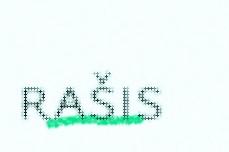
rašis